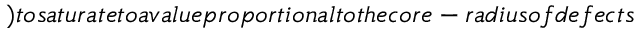
) t o s a t u r a t e t o a v a l u e p r o p o r t i o n a l t o t h e c o r e - r a d i u s o f d e f e c t s